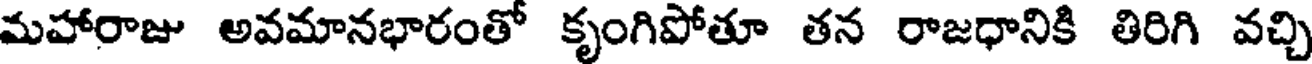
మహారాజు అవమానభారంతో కృంగిపోతూ తన రాజధానికి తిరిగి వచ్చి